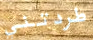
طردتني